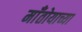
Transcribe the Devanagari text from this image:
माँतोयाच्या